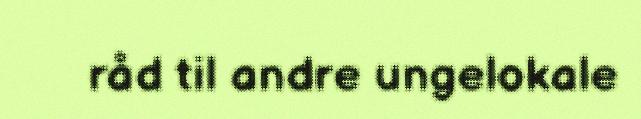
råd til andre ungelokale